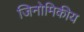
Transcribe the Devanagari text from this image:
जिनोमिकीय